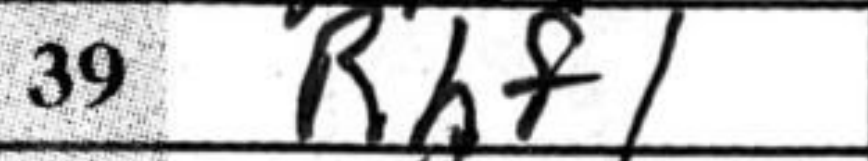
Transcription: Rhf1